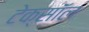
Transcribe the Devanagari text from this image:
टेक्सॉल